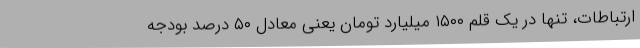
ارتباطات، تنها در یک قلم ۱۵۰۰ میلیارد تومان یعنی معادل ۵۰ درصد بودجه